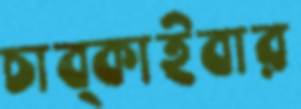
চাব্‌কাইবার